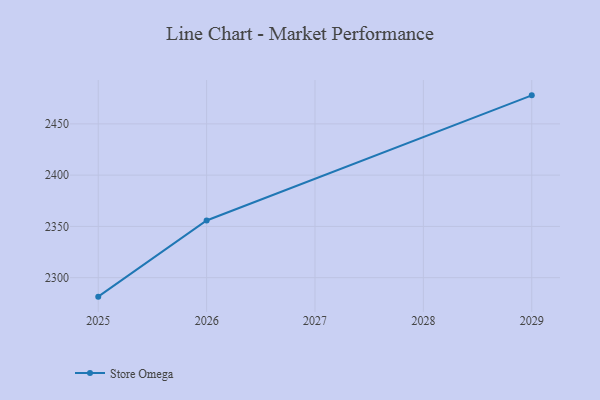
{"axis": {"x": "Year", "y": "Production Output"}, "legend": ["Store Omega"], "data": [{"x": "2025", "y": 2281.5, "type": "Store Omega"}, {"x": "2026", "y": 2355.8, "type": "Store Omega"}, {"x": "2029", "y": 2477.8, "type": "Store Omega"}]}